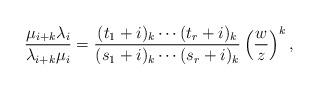
LaTeX: \begin{align*}\dfrac{\mu_{i+k}\lambda_i}{\lambda_{i+k}\mu_i}=\dfrac{(t_1+i)_k\cdots(t_r+i)_k}{(s_1+i)_k\cdots(s_r+i)_k} \left(\dfrac{w}{z}\right)^k, \end{align*}